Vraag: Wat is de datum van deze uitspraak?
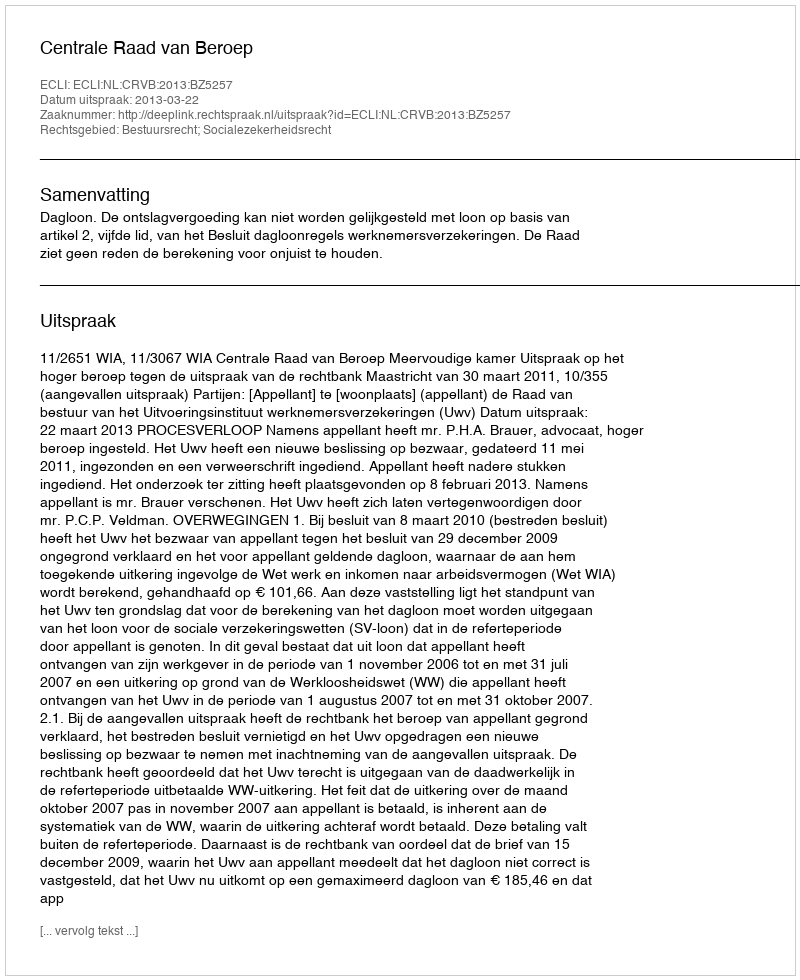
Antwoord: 2013-03-22